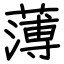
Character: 薄